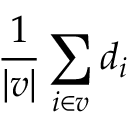
\frac { 1 } { | v | } \sum _ { i \in v } d _ { i }